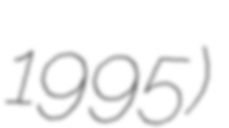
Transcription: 1995)